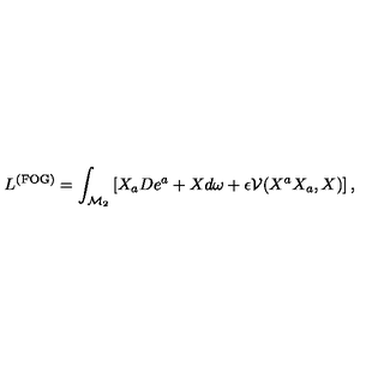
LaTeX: L ^ { \mathrm { ( F O G ) } } = \int _ { \mathcal { M } _ { 2 } } \left[ X _ { a } D e ^ { a } + X d \omega + \epsilon \mathcal { V } ( X ^ { a } X _ { a } , X ) \right] ,